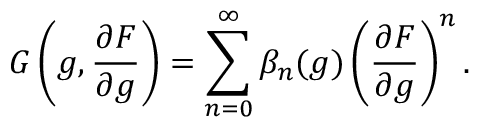
G \left( g , { \frac { \partial F } { \partial g } } \right) = \sum _ { n = 0 } ^ { \infty } \beta _ { n } ( g ) \left( { \frac { \partial F } { \partial g } } \right) ^ { n } .